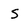
Character: s